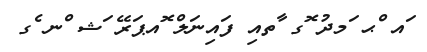
ައ ްޙ ަމދު ޮގ ާތއި ފައިނަލް ޮއޕަރޭ ަޝ ްނ ެގ